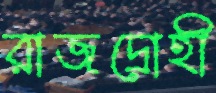
রাজদ্রোহী